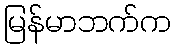
မြန်မာဘက်က